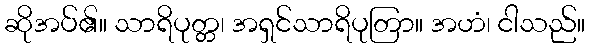
ဆိုအပ်၏။ သာရိပုတ္တ၊ အရှင်သာရိပုတြာ။ အဟံ၊ ငါသည်။